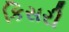
કિસરી